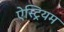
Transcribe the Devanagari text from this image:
ऐस्ट्रियम